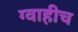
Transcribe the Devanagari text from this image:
ग्वाहीच